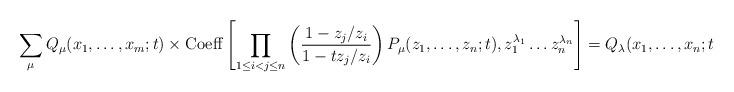
LaTeX: \begin{align*}\sum_{\mu}Q_{\mu}(x_1,\dots,x_m;t)\times{\rm Coeff}\left[\prod_{1 \leq i<j \leq n}\left(\frac{1-z_j/z_i}{1- t z_j/z_i}\right)P_{\mu}(z_1,\dots,z_n;t),z_1^{\lambda_1} \dots z_n^{\lambda_n}\right]=Q_{\lambda}(x_1,\dots,x_n;t).\end{align*}